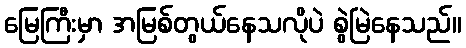
မြေကြီးမှာ အမြစ်တွယ်နေသလိုပဲ စွဲမြဲနေသည်။